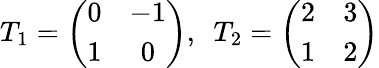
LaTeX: T_{1}=\left(\begin{array}{cc}{{0}}&{{-1}}\\ {{1}}&{{0}}\end{array}\right),~~T_{2}=\left(\begin{array}{cc}{{2}}&{{3}}\\ {{1}}&{{2}}\end{array}\right)